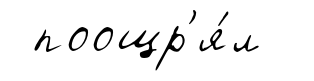
поощр'я́л